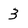
Character: 3